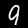
Label: 9